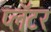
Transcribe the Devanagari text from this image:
प्लॅटर